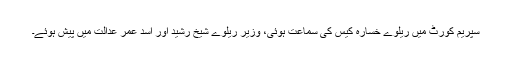
سپریم کورٹ میں ریلوے خسارہ کیس کی سماعت ہوئی، وزیر ریلوے شیخ رشید اور اسد عمر عدالت میں پیش ہوئے۔